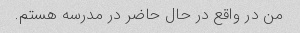
من در واقع در حال حاضر در مدرسه هستم.